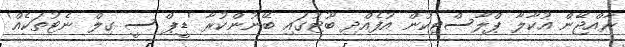
ރާއްޖޭން އުކާލާ ޕްލާސްޓިކުން އުފެއްދި ބޫޓުގައި ބޭނުންކުރާ 'ޑީޕް ސީ ގިލް ނެޓުތަކެއް'